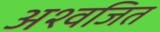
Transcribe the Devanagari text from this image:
अश्वजित